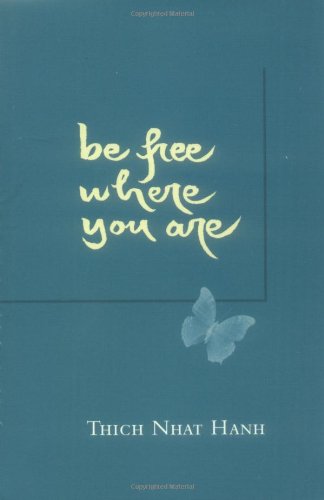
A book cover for Be Free Where You Are; Thich Nhat Hanh; Religion & Spirituality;